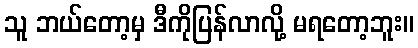
သူ ဘယ်တော့မှ ဒီကိုပြန်လာလို့ မရတော့ဘူး။